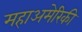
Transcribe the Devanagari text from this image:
महाअमेरिकी